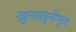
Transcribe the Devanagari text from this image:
खुनाखुनीमुळे